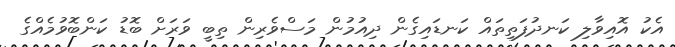
އެކު އޮއިވާލި ކަނދުފަތިތައް ކަނޑައިގެން ދިއުމުން މަސްވެރިން ތިބީ ވަރަށް ބޮޑު ކަންބޮވުމެއްގެ